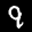
Label: 9